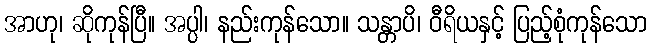
အာဟု၊ ဆိုကုန်ပြီ။ အပ္ပါ၊ နည်းကုန်သော။ သန္တာပိ၊ ဝီရိယနှင့် ပြည့်စုံကုန်သော